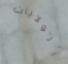
الولايات